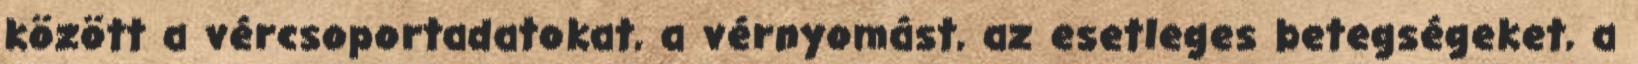
között a vércsoportadatokat, a vérnyomást, az esetleges betegségeket, a